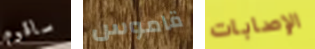
ساقوم قاموس الإصابات